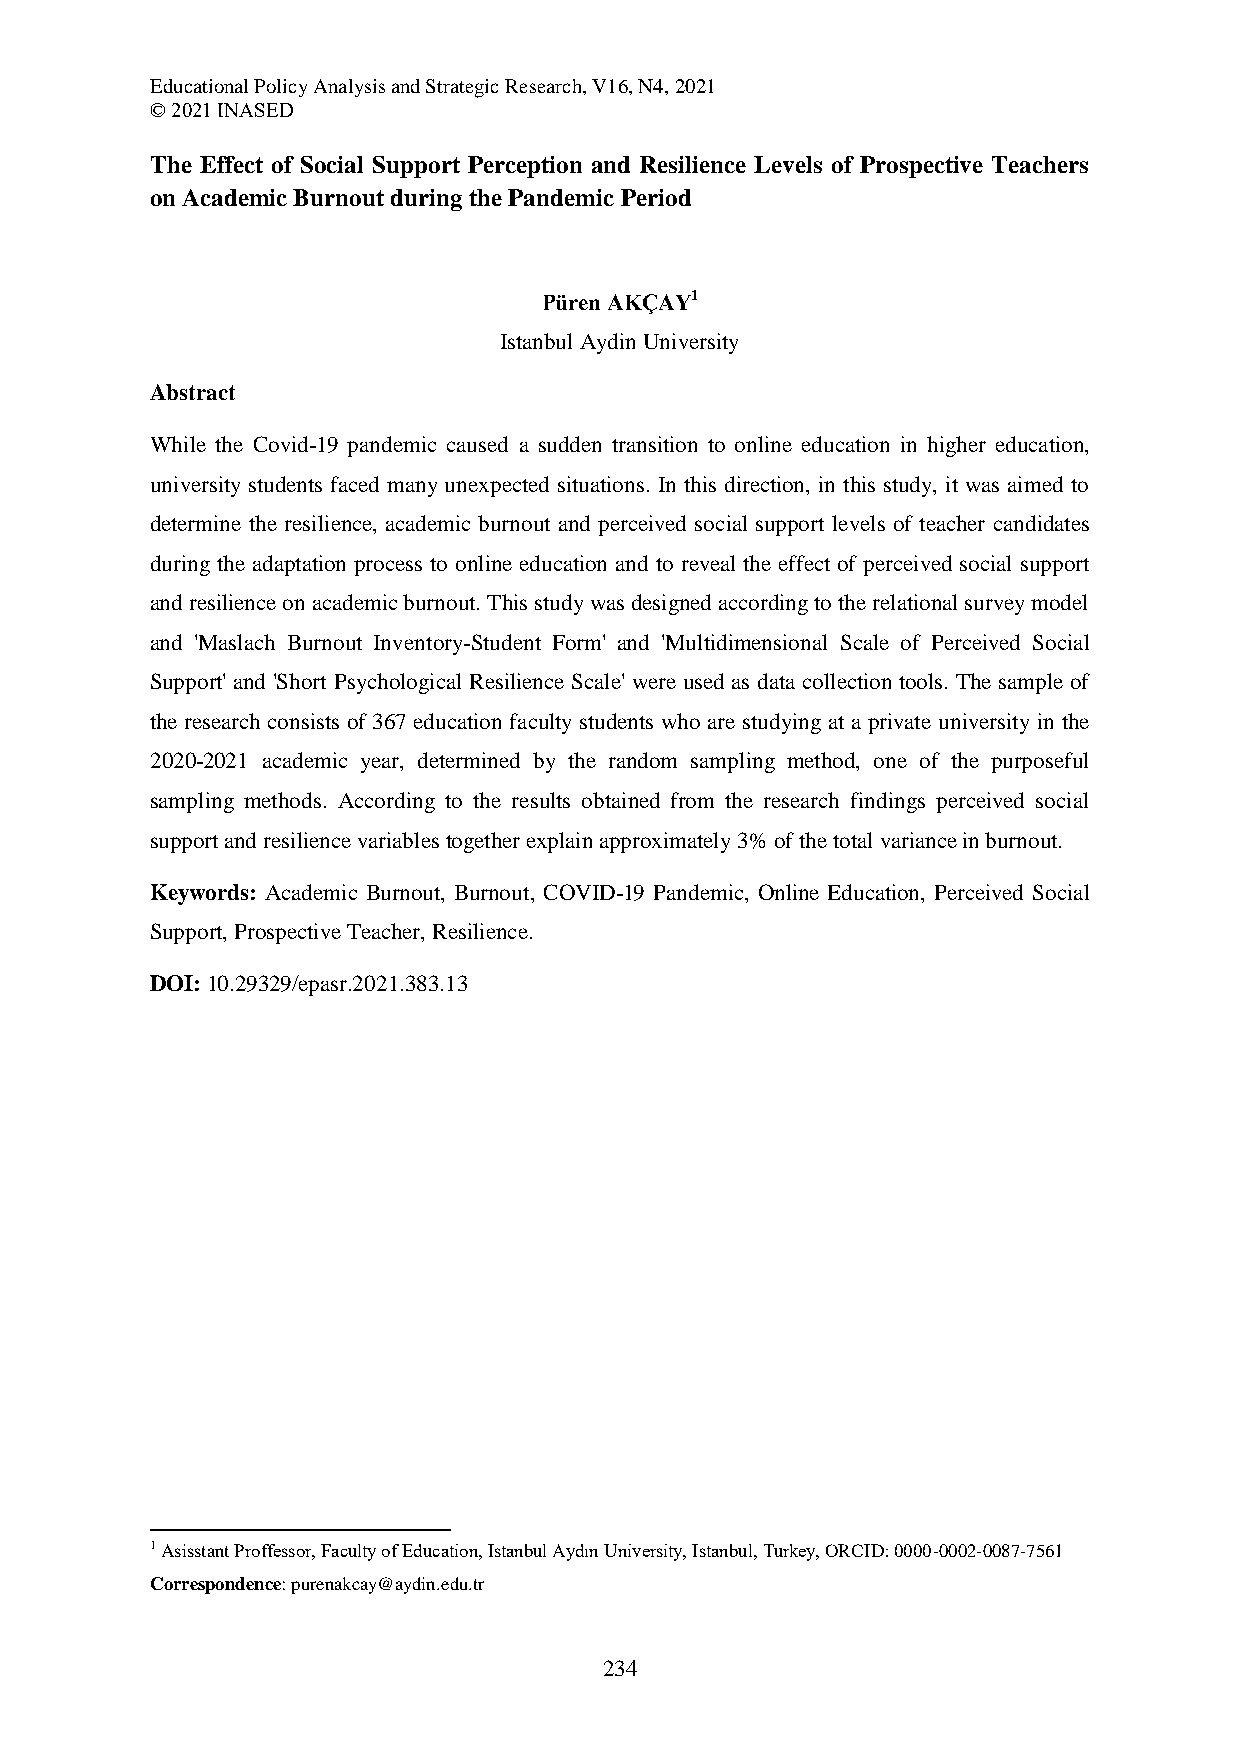
Educational Policy Analysis and Strategic Research, V16, N4, 2021
 © 2021 INASED
 The Effect of Social Support Perception and Resilience Levels of Prospective Teachers
 on Academic Burnout during the Pandemic Period
 Püren AKÇAY1
 Istanbul Aydin University
 Abstract
 While the Covid-19 pandemic caused a sudden transition to online education in higher education,
 university students faced many unexpected situations. In this direction, in this study, it was aimed to
 determine the resilience, academic burnout and perceived social support levels of teacher candidates
 during the adaptation process to online education and to reveal the effect of perceived social support
 and resilience on academic burnout. This study was designed according to the relational survey model
 and 'Maslach Burnout Inventory-Student Form' and 'Multidimensional Scale of Perceived Social
 Support' and 'Short Psychological Resilience Scale' were used as data collection tools. The sample of
 the research consists of 367 education faculty students who are studying at a private university in the
 2020-2021 academic year, determined by the random sampling method, one of the purposeful
 sampling methods. According to the results obtained from the research findings perceived social
 support and resilience variables together explain approximately 3% of the total variance in burnout.
 Keywords: Academic Burnout, Burnout, COVID-19 Pandemic, Online Education, Perceived Social
 Support, Prospective Teacher, Resilience.
 DOI: 10.29329/epasr.2021.383.13
 1 Asisstant Proffessor, Faculty of Education, Istanbul Aydın University, Istanbul, Turkey, ORCID: 0000-0002-0087-7561
 Correspondence: purenakcay@aydin.edu.tr
 234